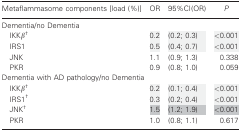
| Metaflammasome components [load (%)] | OR | 95%CI(OR) | P |
 | --- | --- | --- | --- |
 | <COLSPAN=4> Dementia/no Dementia |
 | IKKβ† | 0.2 | (0.2; 0.3) | <0.001 |
 | IRS1 | 0.5 | (0.4; 0.7) | <0.001 |
 | JNK | 1.1 | (0.9; 1.3) | 0.338 |
 | PKR | 0.9 | (0.8; 1.0) | 0.059 |
 | <COLSPAN=4> Dementia with AD pathology/no Dementia |
 | IKKβ† | 0.2 | (0.1; 0.4) | <0.001 |
 | IRS1† | 0.3 | (0.2; 0.4) | <0.001 |
 | JNK† | 1.5 | (1.2; 1.9) | <0.001 |
 | PKR | 1.0 | (0.8; 1.1) | 0.617 |